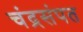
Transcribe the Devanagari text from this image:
चंद्रसंपत